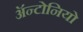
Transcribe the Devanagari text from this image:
ॲन्टोनियो